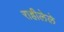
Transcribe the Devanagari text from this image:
राहीलेले